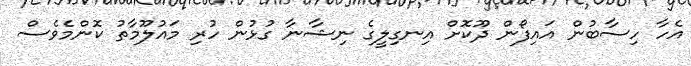
އެހާ ހިސާބުން އައިފޯން ދޫކޮށް އިނގިލީގެ ނިޝާނާ ގުޅުން ހުރި މައުލޫމާތު ކޮންމެވެސް